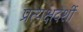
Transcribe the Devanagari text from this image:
प्रत्‍यक्षदर्शी